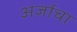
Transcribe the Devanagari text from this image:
अर्जाचा